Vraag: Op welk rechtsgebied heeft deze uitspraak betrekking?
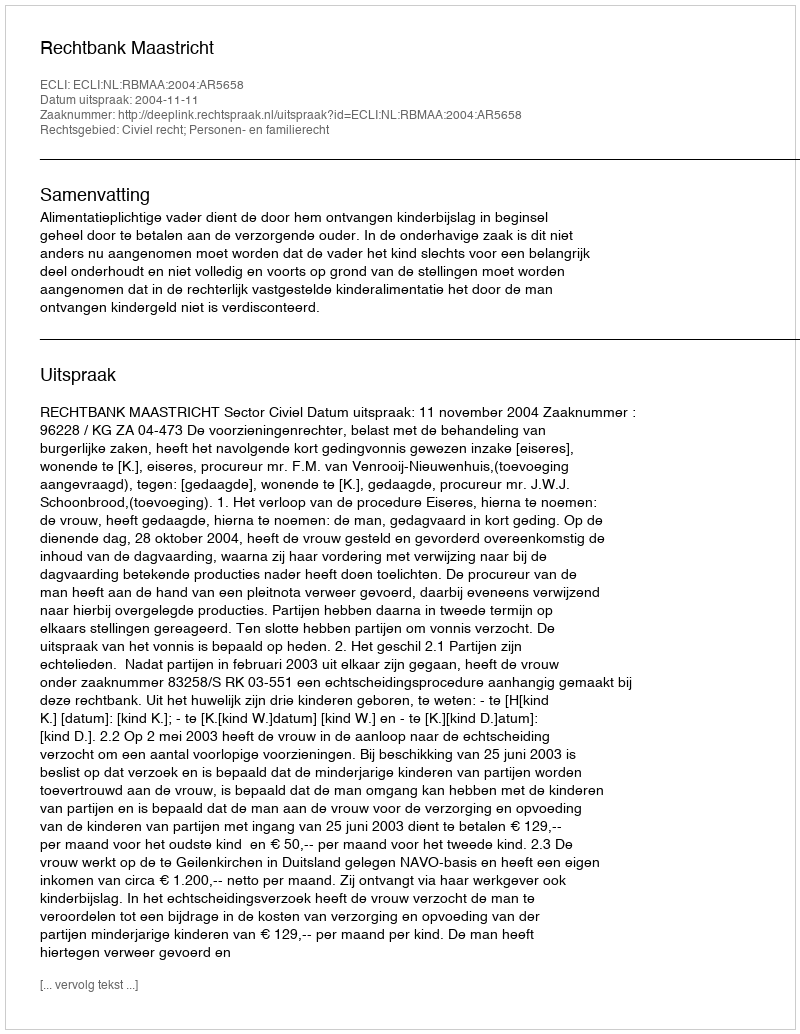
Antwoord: Civiel recht; Personen- en familierecht